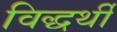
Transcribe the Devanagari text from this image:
विद्धर्थी